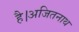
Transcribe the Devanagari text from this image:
है।अजितनाथ